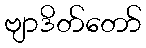
ဗျာဒိတ်တော်